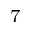
^ 7